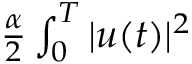
\begin{array} { r } { \frac { \alpha } { 2 } \int _ { 0 } ^ { T } | u ( t ) | ^ { 2 } \d t } \end{array}